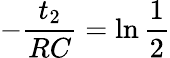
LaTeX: -\frac{t_{2}}{RC}=\ln\frac{1}{2}